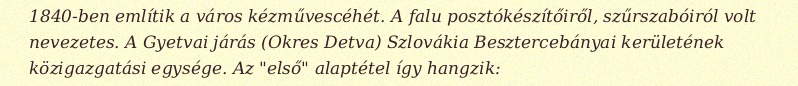
1840-ben említik a város kézművescéhét. A falu posztókészítőiről, szűrszabóiról volt nevezetes. A Gyetvai járás (Okres Detva) Szlovákia Besztercebányai kerületének közigazgatási egysége. Az "első" alaptétel így hangzik: